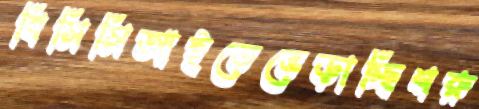
বিসিসিআইতেভেড়াচ্ছিশরু